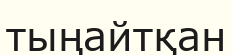
тыңайтқан